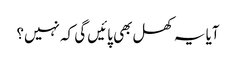
آیا یہ کھل بھی پائیں گی کہ نہیں؟